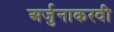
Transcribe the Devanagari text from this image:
अर्जुनाकरवी